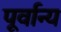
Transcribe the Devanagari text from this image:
पूर्वान्य